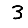
Digit: 3